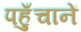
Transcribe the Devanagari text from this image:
पहुँचानें